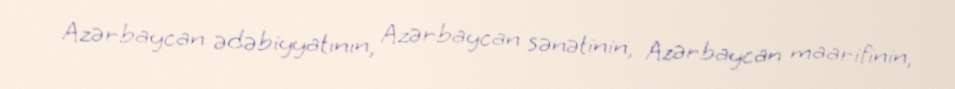
Azərbaycan ədəbiyyatının, Azərbaycan sənətinin, Azərbaycan maarifinin,